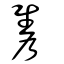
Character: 隽